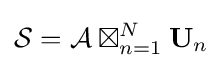
{\mathcal {S}}={\mathcal {A}}\boxtimes _{n=1}^{N}\mathbf {U} _{n}